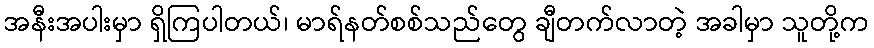
အနီးအပါးမှာ ရှိကြပါတယ်၊ မာရ်နတ်စစ်သည်တွေ ချီတက်လာတဲ့ အခါမှာ သူတို့က